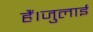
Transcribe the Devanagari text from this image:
हैं।जुलाई